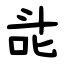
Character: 㖍